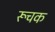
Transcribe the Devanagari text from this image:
रूचक